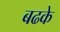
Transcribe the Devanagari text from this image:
बढके